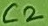
Text: C2